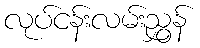
လုပ်ငန်းလမ်းညွှန်